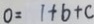
0 = 1 + b + c